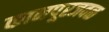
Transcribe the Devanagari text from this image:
कानपूरजवळ